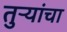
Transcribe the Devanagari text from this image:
तुऱ्यांचा